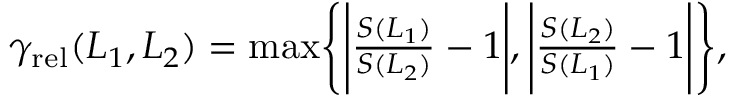
\begin{array} { r } { \gamma _ { \mathrm { r e l } } ( L _ { 1 } , L _ { 2 } ) = \mathrm { m a x } \Bigg \{ \Bigg | \frac { S ( L _ { 1 } ) } { S ( L _ { 2 } ) } - 1 \Bigg | , \Bigg | \frac { S ( L _ { 2 } ) } { S ( L _ { 1 } ) } - 1 \Bigg | \Bigg \} , } \end{array}